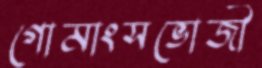
গোমাংসভোজী